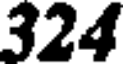
324